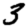
Digit: 3